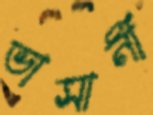
ভাসানী